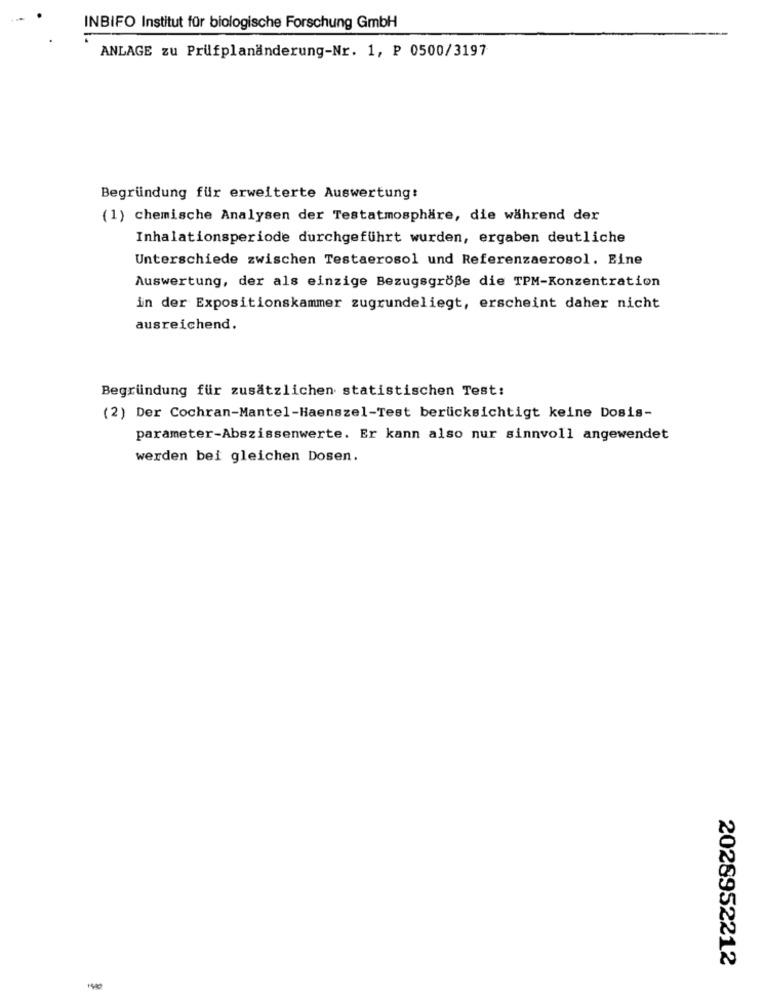
INBIFO Institut für biologische Forschung GmbH
ANLAGE zu Prüfplanänderung-Nr. 1, P 0500/3197
Begründung für erweiterte Auswertung:
(1) chemische Analysen der Testatmosphäre, die während der
Inhalationsperiode durchgeführt wurden, ergaben deutliche
Unterschiede zwischen Testaerosol und Referenzaerosol. Bine
Auswertung, der als einzige Bezugsgröße die TPM-Konzentration
in der Expositionskammer zugrundeliegt, erscheint daher nicht
ausreichend.
Begründung für zusätzlichen statistischen Test:
(2) Der Cochran-Mantel-Haenszel-Test berücksichtigt keine Dosis-
parameter-Abszissenwerte. Er kann also nur sinnvoll angewendet
werden bei gleichen Dosen.
2028952212